King Institute of Preventive Medicine Bacteriolog. Section reports 1907-08
Year: 1907
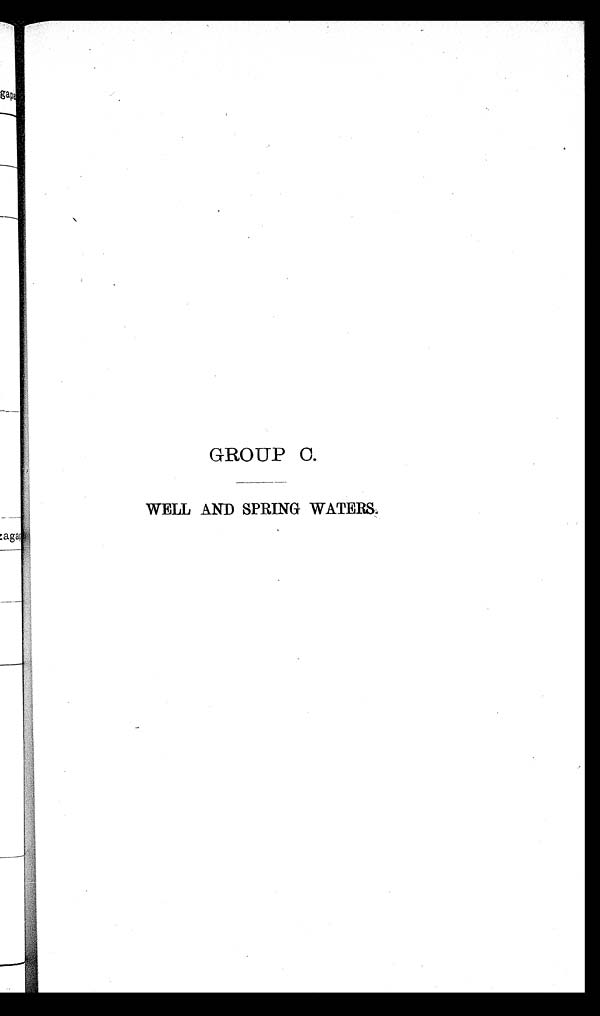
GROUP C.
WELL AND SPRING WATERS.